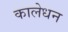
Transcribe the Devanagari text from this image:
कालेधन